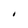
Character: I